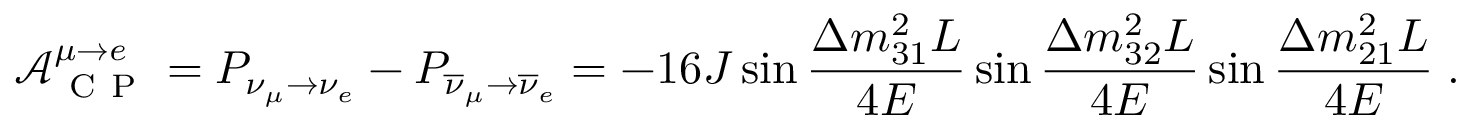
\mathcal { A } _ { \mathrm { ~ C ~ P ~ } } ^ { \mu \rightarrow e } = P _ { \nu _ { \mu } \rightarrow \nu _ { e } } - P _ { \overline { { \nu } } _ { \mu } \rightarrow \overline { { \nu } } _ { e } } = - 1 6 J \sin \frac { \Delta m _ { 3 1 } ^ { 2 } L } { 4 E } \sin \frac { \Delta m _ { 3 2 } ^ { 2 } L } { 4 E } \sin \frac { \Delta m _ { 2 1 } ^ { 2 } L } { 4 E } \; .